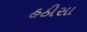
હઠીસા